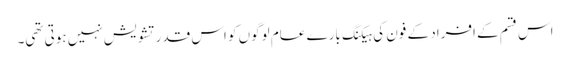
اس قسم کے افراد کے فون کی ہیکنگ بارے عام لوگوں کو اس قدر تشویش نہیں ہوتی تھی۔